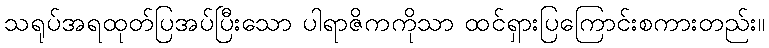
သရုပ်အရထုတ်ပြအပ်ပြီးသော ပါရာဇိကကိုသာ ထင်ရှားပြကြောင်းစကားတည်း။